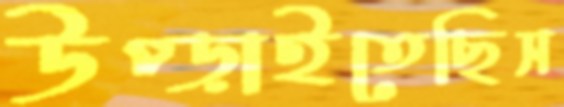
উপ্‌ড়াইতেছিস